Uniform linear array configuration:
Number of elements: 4
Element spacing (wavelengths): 1
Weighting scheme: blackman
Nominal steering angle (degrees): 60
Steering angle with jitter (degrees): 61.488
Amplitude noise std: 0.05
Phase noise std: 0.05

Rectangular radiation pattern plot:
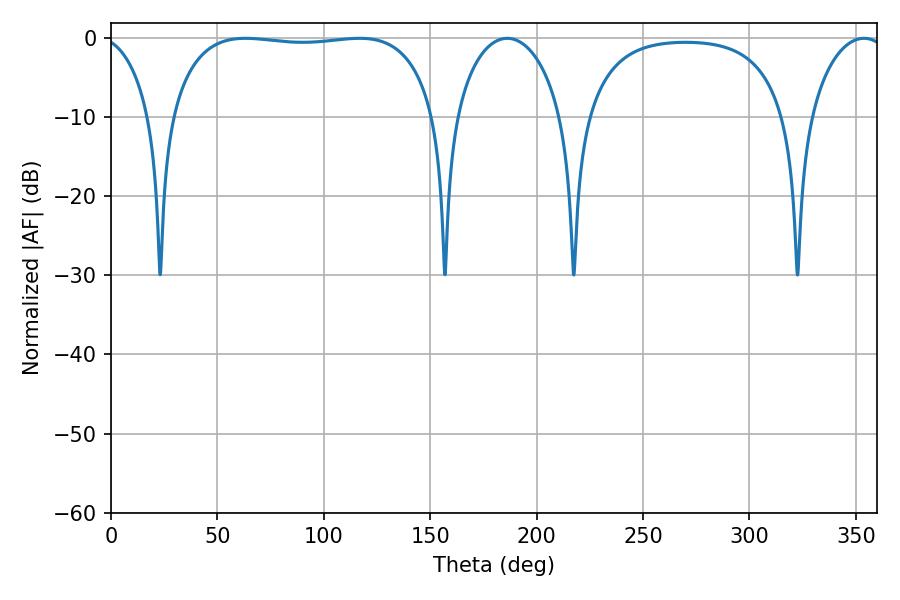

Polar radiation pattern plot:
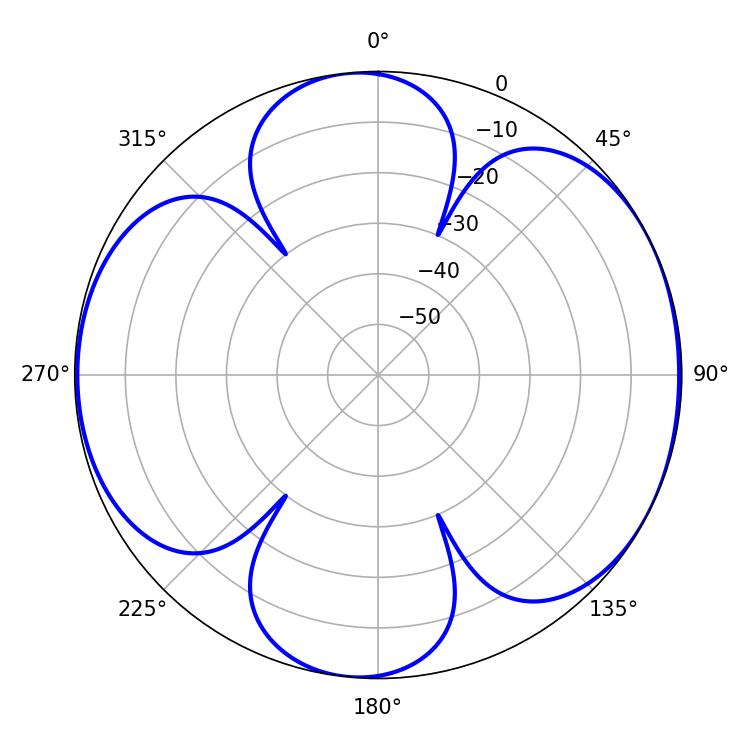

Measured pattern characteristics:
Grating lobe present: TRUE
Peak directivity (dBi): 6.806
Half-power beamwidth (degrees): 100.08
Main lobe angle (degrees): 63.18